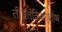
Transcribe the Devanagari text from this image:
तीव्रतंत्रिकाशोथ